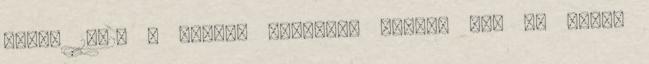
állát 17:25 - Videó: lengyel, magyar két jó barát